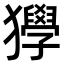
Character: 𤣌